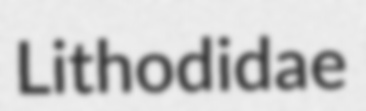
Lithodidae